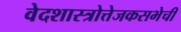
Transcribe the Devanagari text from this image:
वेदशास्त्रोत्तेजकसभेची